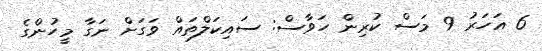
6 އަހަރު 9 މަސް ކުރިން ހަވާސް: ސައިކަލްތައް ވަގަށް ނަގާ މީހުންގެ